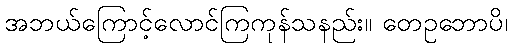
အဘယ်ကြောင့်လောင်ကြကုန်သနည်း။ တေဥဘောပိ၊